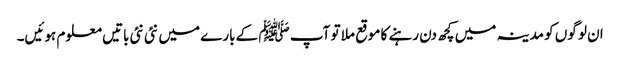
ا ن لو گوں کو مدینہ میں کچھ دن رہنے کا موقع ملا تو آپ ﷺ کے بارے میں نئی نئی باتیں معلوم ہوئیں۔